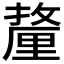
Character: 𰼚